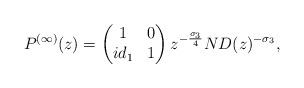
LaTeX: \begin{align*}P^{(\infty)}(z) = \begin{pmatrix}1 & 0 \\ id_{1} & 1\end{pmatrix}z^{-\frac{\sigma_{3}}{4}}ND(z)^{-\sigma_{3}},\end{align*}